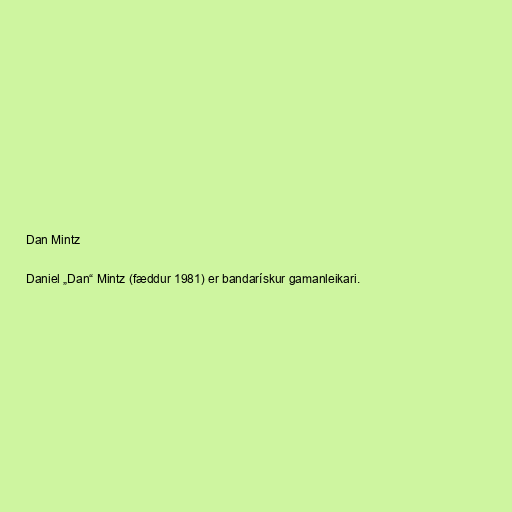
Dan Mintz

Daniel „Dan“ Mintz (fæddur 1981) er bandarískur gamanleikari.